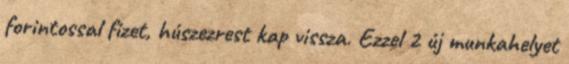
forintossal fizet, húszezrest kap vissza. Ezzel 2 új munkahelyet